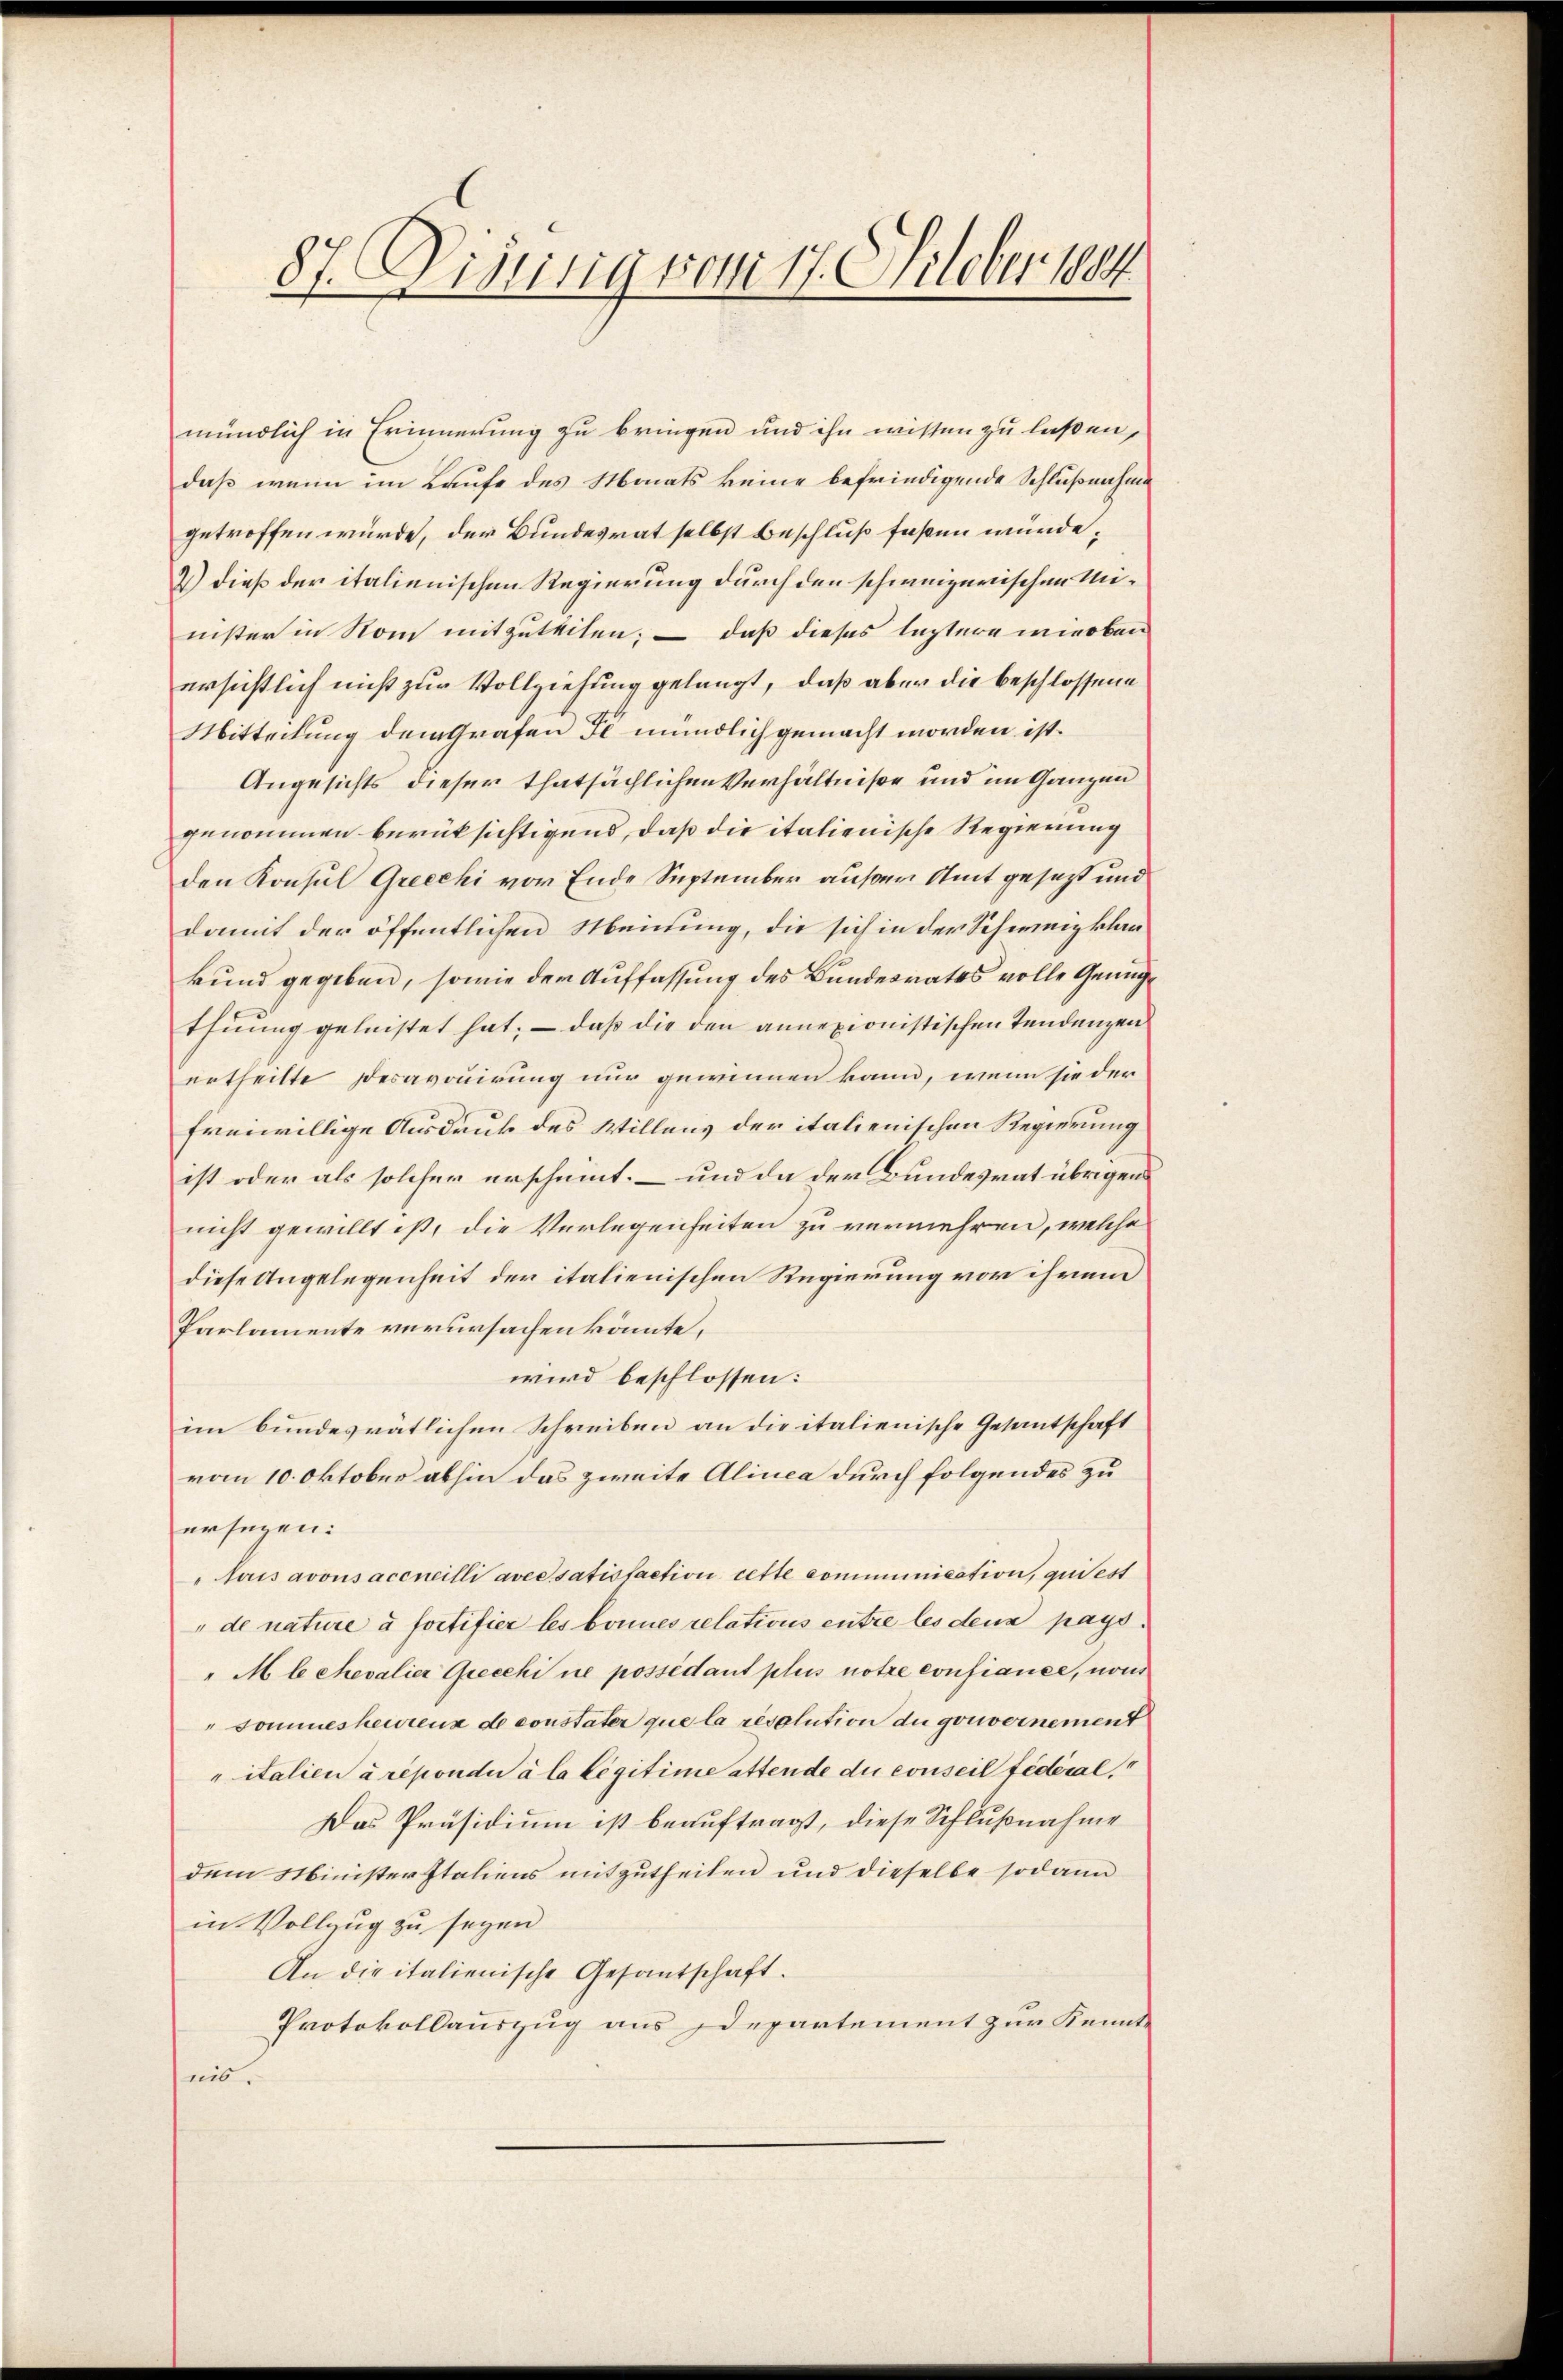
87. Disung vom 17. Oktober 1884

mündlich in Erinnerung zu bringen und ihn wissen zu laßen,
daß wenn im Laufe des Monats keine befriedigende Schlußnahme
getroffen würde, der Bundesrat selbst Beschluß faßen münde,
2) dieß der italienischen Regierung durch den schweizerischen Minister in Nom mitzuteilen; – daß dieses leztere meroben
ersichtlich nicht zur Vollziehung gelangt, daß aber die beschlossene
Mitteilung dem Grafen Fl mündlich gemacht worden ist.
Angesichts dieser thatsächlichen Verhältniße und im Ganzen
genommen berücksichtigend, daß die italienische Regierung
den Konsul Griechi vor Ende September außer Amt gesezt und
damit der öffentlichen Meutung, die sich in der Schweiz klan
kund gegeben, sowie der Auffassung des Bundesrates volle Genüge
thuung geleistet hat; — dass die den annexionistischen Tendenzen
ertheilte Desavouirung nur gewinnen kann, wenn sie der
freiwillige Ausdruck des Willens der italienischen Regierung
ist oder als solcher erscheint, und da der Bundesrat übrigen
nicht gewillt ist, die Verlegenheiten zu vermehren, welche
diese Angelegenheit der italienischen Regierung vor ihrem
Parlamente verursachen könnte.
wird beschlossen:
im bundesvätlichen Schreiben an die italienische Gesantschaft
vom 10. Oktober abhin das zweite Alinea durch folgendes zu
ersagen:
lais avous accueilli avessatisfaction rette communication, qui est
de nature à fortifier les bonnes relations entre les denn pays
"M behevalier Grecchi ne possédant plus notze confiance, non
" Sommesheurenz de constater que la resolution du gouvernement
italien à répondii à la légitime attende du conseil fédéral,
Das Präsidium ist beauftragt, diese Schlußnahme
dem Ministerstaliens mitzutheilen und dieselbe sodann
in Vollzug zu seyen
An die italienische Gesantschaft.
Protokollauszug aus Departement zur Kennte
nis.